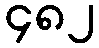
၄၈၂